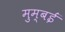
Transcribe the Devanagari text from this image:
मुम्बईं